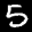
Label: 5